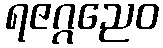
ရဇဂ္ဂညေဝ